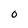
Character: O